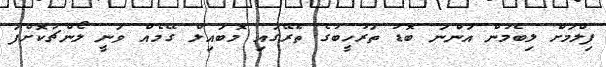
ފިލްމަށް ލިބެމުން އަންނަ ބޮޑު ތަރުހީބުގެ ތެރޭގައި މޮބައިލް ގޭމެއް ވަނީ ލޯންޗުކޮށްފަ